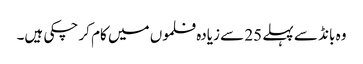
وہ بانڈ سے پہلے 25 سے زیادہ فلموں میں کام کر چکی ہیں۔